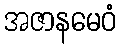
အဇာနမေဝံ